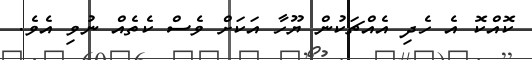
ކޮއްކޮ އެ ހެދި އެއްޗަކުން ޔޫހާ އަކަށް ވެސް ކެތެއް ނުވި އެވެ.